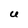
Character: U